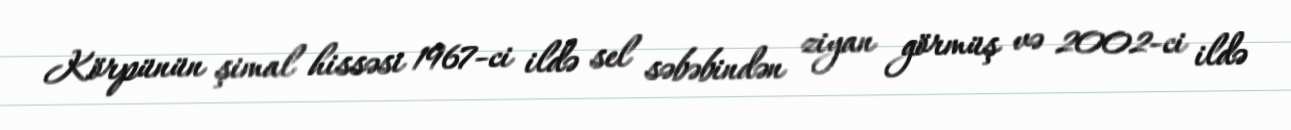
Körpünün şimal hissəsi 1967-ci ildə sel səbəbindən ziyan görmüş və 2002-ci ildə